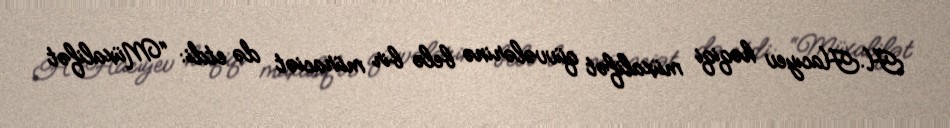
H.Hacıyev həqiqi müxalifət qüvvələrinə belə bir müraciət də etdi: “Müxalifət